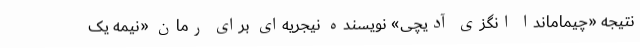
نتیجه «چیماماندا انگزی آدیچی» نویسنده نیجریه‌ای برای رمان «نیمه یک